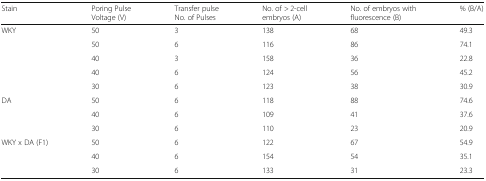
| Stain | Poring Pulse Voltage (V) | Transfer pulseNo. of Pulses | No. of > 2-cell embryos (A) | No. of embryos with fluorescence (B) | % (B/A) |
 | --- | --- | --- | --- | --- | --- |
 | <ROWSPAN=5> WKY | 50 | 3 | 138 | 68 | 49.3 |
 | 50 | 6 | 116 | 86 | 74.1 |
 | 40 | 3 | 158 | 36 | 22.8 |
 | 40 | 6 | 124 | 56 | 45.2 |
 | 30 | 6 | 123 | 38 | 30.9 |
 | <ROWSPAN=3> DA | 50 | 6 | 118 | 88 | 74.6 |
 | 40 | 6 | 109 | 41 | 37.6 |
 | 30 | 6 | 110 | 23 | 20.9 |
 | <ROWSPAN=3> WKY x DA (F1) | 50 | 6 | 122 | 67 | 54.9 |
 | 40 | 6 | 154 | 54 | 35.1 |
 | 30 | 6 | 133 | 31 | 23.3 |